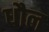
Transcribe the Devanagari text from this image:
धौल